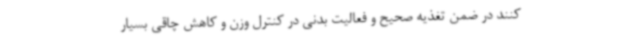
کنند در ضمن تغذیه صحیح و فعالیت بدنی در کنترل وزن و کاهش چاقی بسیار